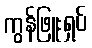
ကွန်ဖြူးရှပ်